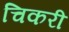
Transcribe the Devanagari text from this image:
चिकरी